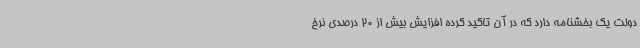
دولت یک بخشنامه دارد که در آن تاکید کرده افزایش بیش از 20 درصدی نرخ